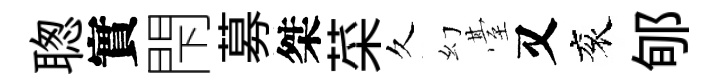
聦實閇募桀菜久幻䑓又衮郇